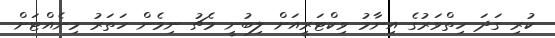
ކުރި ގަދަ ހިތްވަރުގެ އިނާމު ވިކްޓަރީއަށް ލިބުނީ މެޗު ނިމެން ހަތަރު މިނެއްޓަށް